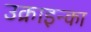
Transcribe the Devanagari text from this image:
उक्राइन्का